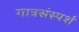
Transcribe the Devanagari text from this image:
गात्रसंस्पर्श